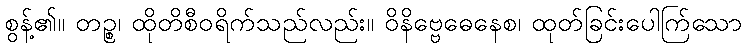
စွန့်၏။ တဉ္စ၊ ထိုတိစီဝရိက်သည်လည်း။ ဝိနိဗ္ဗေဓေနေစ၊ ထုတ်ခြင်းပေါက်ြသော